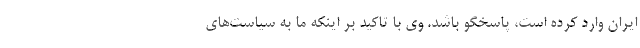
ایران وارد کرده است، پاسخگو باشد. وی با تاکید بر اینکه ما به سیاست‌های